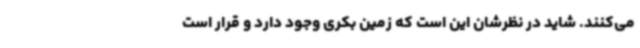
می‌کنند. شاید در نظرشان این است که زمین بکری وجود دارد و قرار است